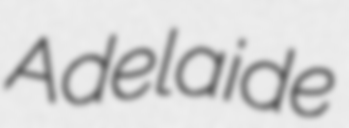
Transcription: Adelaide